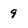
Character: 9